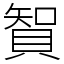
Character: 䝷